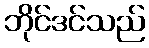
ဘိုင်ဒင်သည်